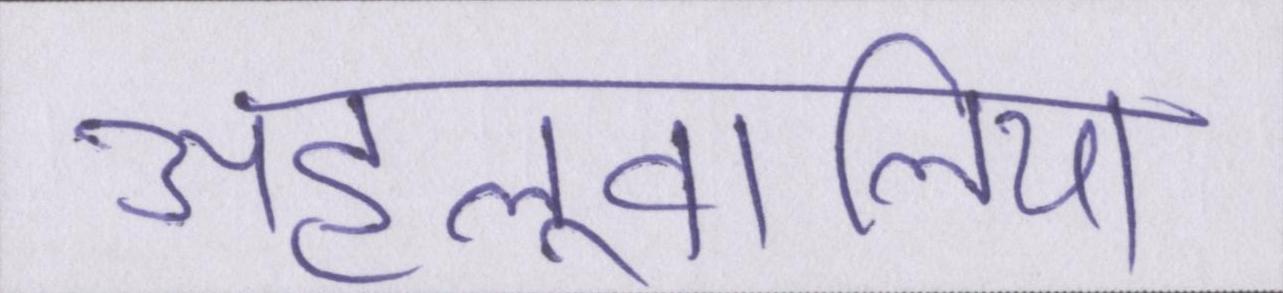
अहलूवालिया